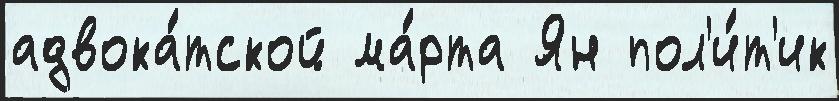
адвока́тской ма́рта Ян пол'и́т'ик